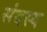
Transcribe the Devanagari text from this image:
संदस्य